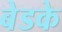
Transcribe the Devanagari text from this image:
बेडके